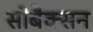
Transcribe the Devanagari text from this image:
सोबैक्सन